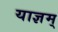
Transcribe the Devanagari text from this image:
याज्ञम्